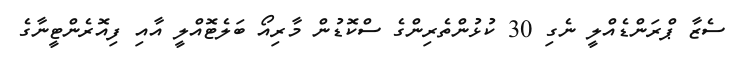
ސެޒާ ޕްރަންޑެއްލީ ނެގި 30 ކުޅުންތެރިންގެ ސްކޮޑުން މާރިއޯ ބަލެޓޮއްލީ އާއި ފިއޮރެންޓީނާގެ